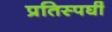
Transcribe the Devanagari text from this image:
प्रतिस्पर्घी